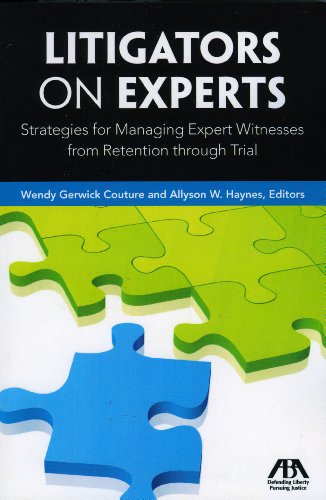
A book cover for Litigators on Experts: Strategies for Managing Expert Witnesses from Retention through Trial; Law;